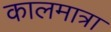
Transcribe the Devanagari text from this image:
कालमात्रा